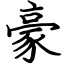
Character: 豪